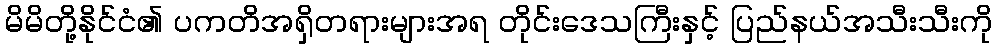
မိမိတို့နိုင်ငံ၏ ပကတိအရှိတရားများအရ တိုင်းဒေသကြီးနှင့် ပြည်နယ်အသီးသီးကို